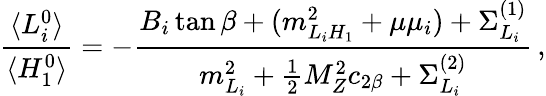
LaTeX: {\frac{\langle L_{i}^{0}\rangle}{\langle H_{1}^{0}\rangle}}=-{\frac{B_{i}\tan\beta+(m_{L_{i}H_{1}}^{2}+\mu\mu_{i})+\Sigma_{L_{i}}^{(1)}}{m_{L_{i}}^{2}+{\frac{1}{2}}M_{Z}^{2}c_{2\beta}+\Sigma_{L_{i}}^{(2)}}}\, ,